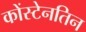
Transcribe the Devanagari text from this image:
कोंस्टेनतिन